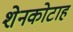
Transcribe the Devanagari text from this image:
शेनकोटाह